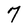
Character: 7